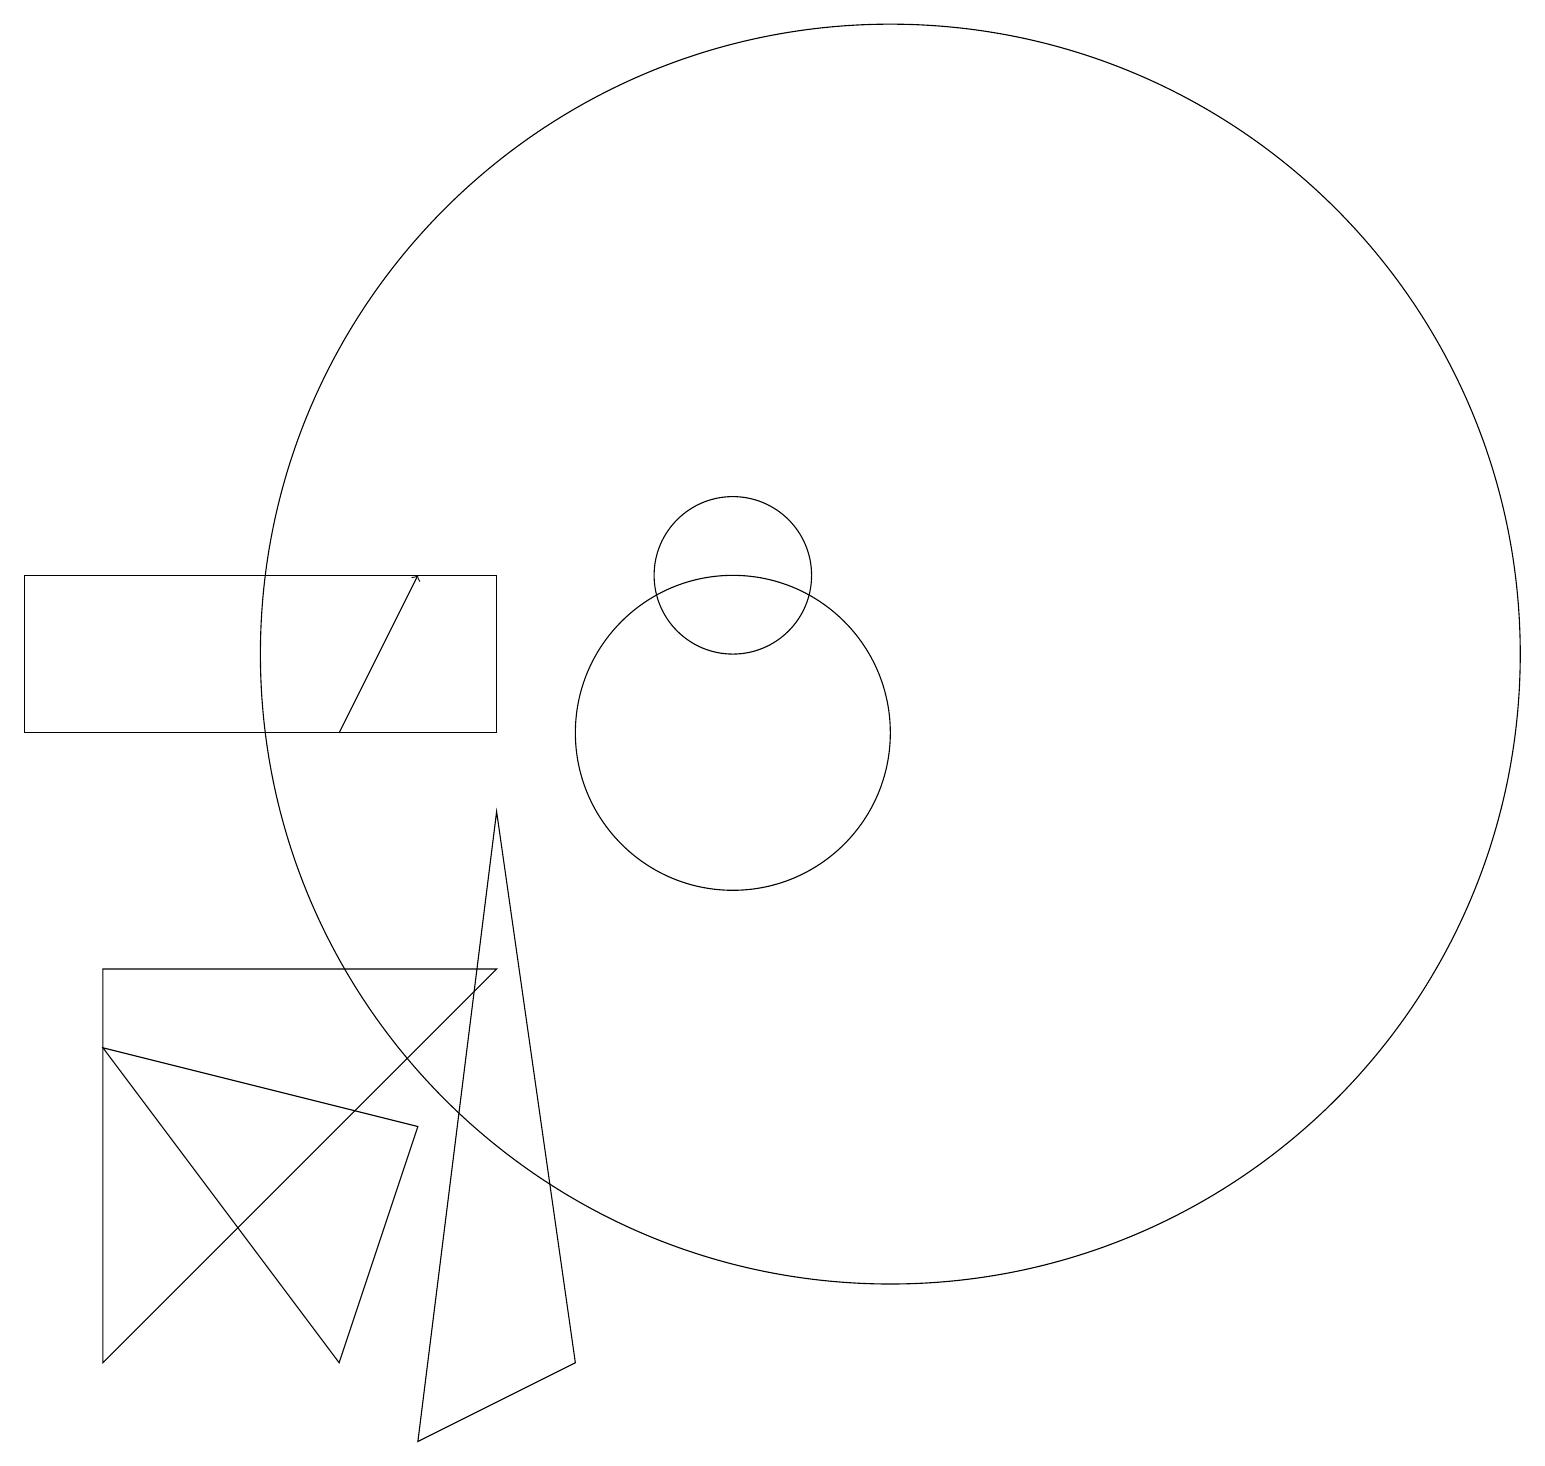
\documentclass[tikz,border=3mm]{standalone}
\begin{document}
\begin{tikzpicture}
\draw (10,10) circle (2);
\draw (10,12) circle (1);
\draw (1,12) rectangle (7,10);
\draw (12,11) circle (8);
\draw (6,5) -- (5,2) -- (2,6) -- cycle;
\draw (6,1) -- (8,2) -- (7,9) -- cycle;
\draw (7,7) -- (2,7) -- (2,2) -- cycle;
\draw[->] (5,10) -- (6,12);
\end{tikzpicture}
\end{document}